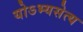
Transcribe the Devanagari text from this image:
योऽभ्यसेत्य